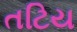
તટિય